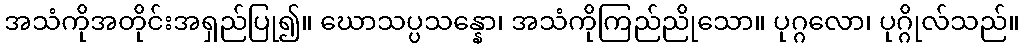
အသံကိုအတိုင်းအရှည်ပြု၍။ ဃောသပ္ပသန္နော၊ အသံကိုကြည်ညိုသော။ ပုဂ္ဂလော၊ ပုဂ္ဂိုလ်သည်။